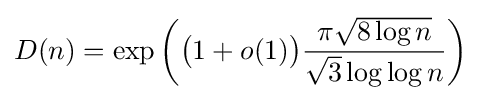
D(n)=\exp \left({\bigl (}1+o(1){\bigr )}{\frac {\pi {\sqrt {8\log n}}}{{\sqrt {3}}\log \log n}}\right)